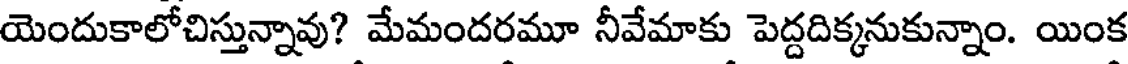
యెందుకాలోచిస్తున్నావు? మేమందరమూ నీవేమాకు పెద్దదిక్కనుకున్నాం. యింక